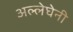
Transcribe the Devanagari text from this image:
अल्लेघेनी